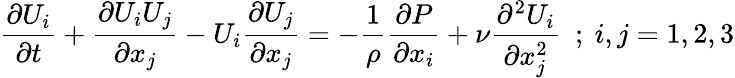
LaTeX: {\frac{\partial U_{i}}{\partial t}}+{\frac{\partial U_{i}U_{j}}{\partial x_{j}}}-U_{i}{\frac{\partial U_{j}}{\partial x_{j}}}=-{\frac{1}{\rho}}{\frac{\partial P}{\partial x_{i}}}+\nu{\frac{\partial^{2}U_{i}}{\partial x_{j}^{2}}}~~;~i,j=1,2,3